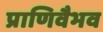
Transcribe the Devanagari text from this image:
प्राणिवैभव